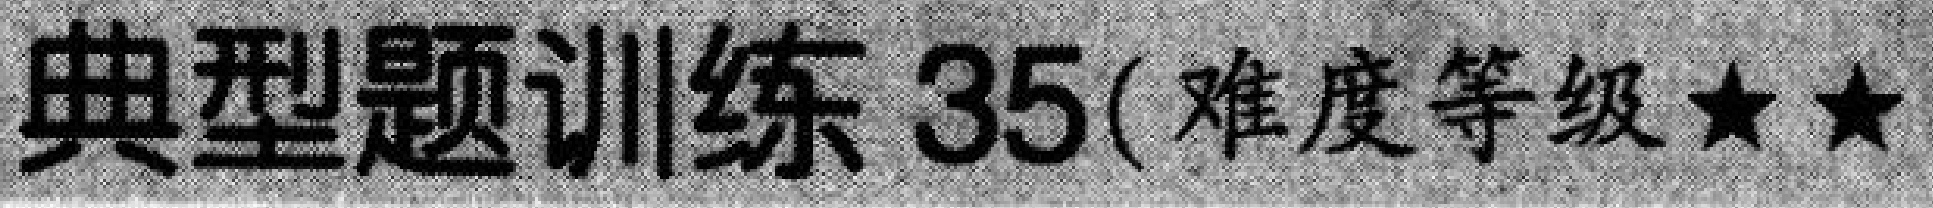
典型题训练 35(难度等级★★)